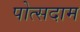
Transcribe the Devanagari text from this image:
पोत्सदाम